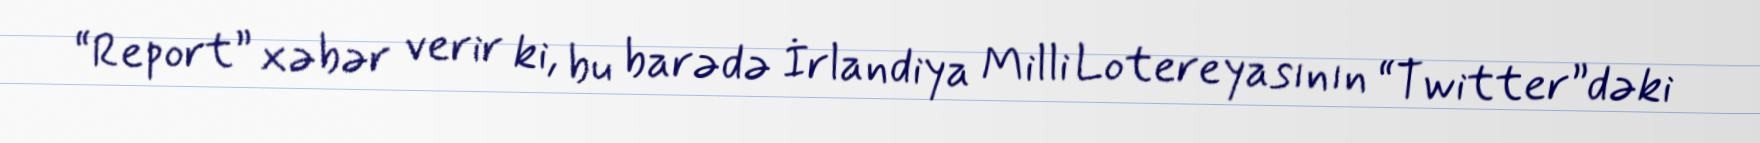
“Report” xəbər verir ki, bu barədə İrlandiya Milli Lotereyasının “Twitter”dəki